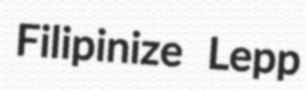
Filipinize Lepp